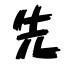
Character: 先